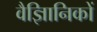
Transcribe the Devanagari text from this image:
वैज्ञिानिकों